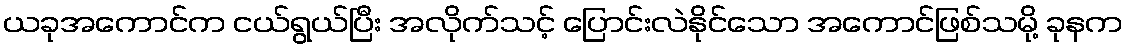
ယခုအကောင်က ငယ်ရွယ်ပြီး အလိုက်သင့် ပြောင်းလဲနိုင်သော အကောင်ဖြစ်သမို့ ခုနက